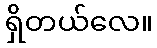
ရှိတယ်လေ။